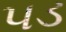
પડ